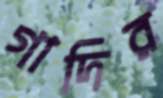
গাদির